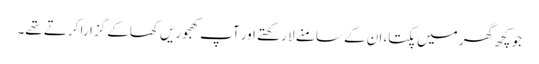
جو کچھ گھر میں پکتا، ان کے سامنے لا رکھتے اور آپ کھجوریں کھاکے گزارا کرتے تھے۔